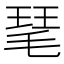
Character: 𤦖